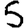
Digit: 5